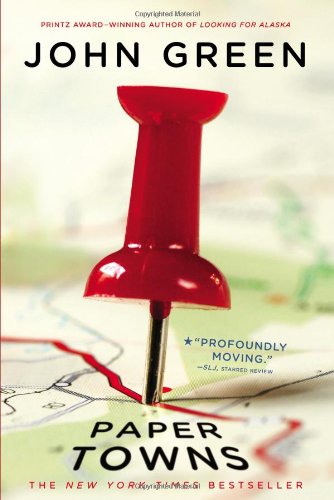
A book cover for Paper Towns; John Green; Teen & Young Adult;